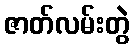
ဇာတ်လမ်းတွဲ